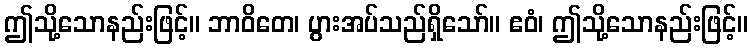
ဤသို့သောနည်းဖြင့်။ ဘာဝိတေ၊ ပွားအပ်သည်ရှိသော်။ ဧဝံ၊ ဤသို့သောနည်းဖြင့်။